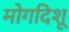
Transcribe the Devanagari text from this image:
मोगदिशू